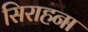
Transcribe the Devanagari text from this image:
सिराहना